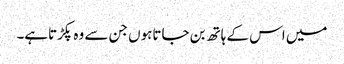
میں اس کے ہاتھ بن جاتاہوں جن سے وہ پکڑتاہے۔